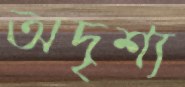
অদৃশ্য